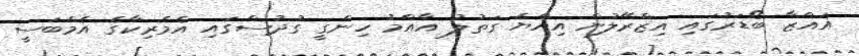
ޣައްޒާ ބޯޑަރުގައި އިޒްރޭލުން އިއްޔެ ގަތުލު އާއްމު ހިންގީ ގުދުސްގައި އެމެރިކާގެ އެމްބަަސީ